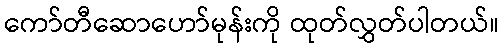
ကော်တီဆောဟော်မုန်းကို ထုတ်လွှတ်ပါတယ်။